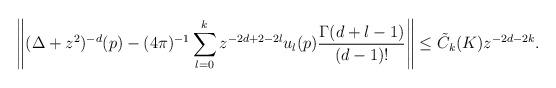
LaTeX: \begin{align*}\left\Vert(\Delta+z^2)^{-d}(p)-(4\pi)^{-1}\sum_{l=0}^{k}z^{-2d+2-2l}u_l(p)\frac{\Gamma(d+l-1)}{(d-1)!}\right\Vert\leq \tilde{C}_k(K)z^{-2d-2k}.\end{align*}